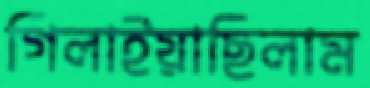
গিলাইয়াছিলাম